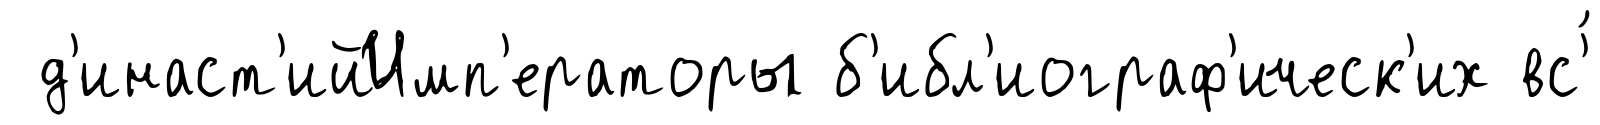
д'инаст'ийИмп'ераторы б'ибл'иограф'ическ'их вс'́